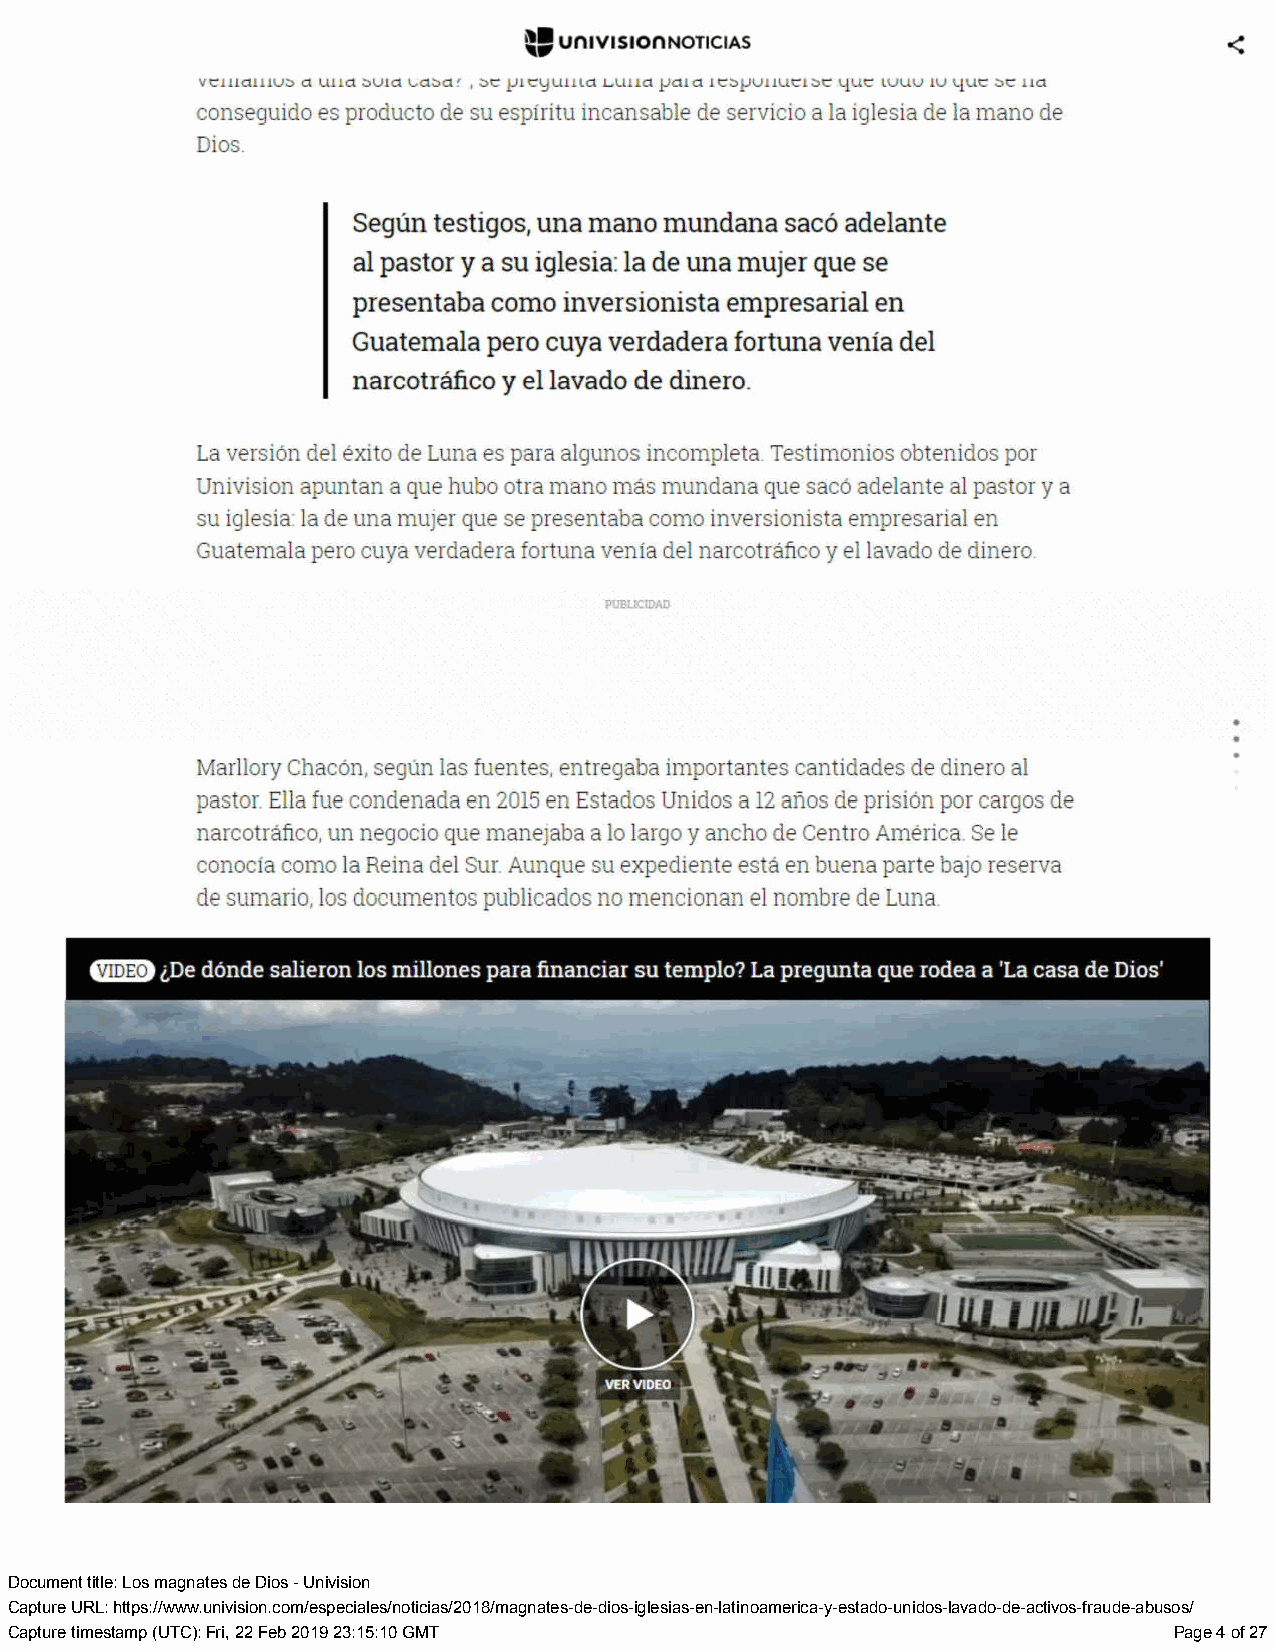
Document title: Los magnates de Dios - Univision
 Capture URL: https://www.univision.com/especiales/noticias/2018/magnates-de-dios-iglesias-en-latinoamerica-y-estado-unidos-lavado-de-activos-fraude-abusos/
 Capture timestamp (UTC): Fri, 22 Feb 2019 23:15:10 GMT                        Page 4 of 27